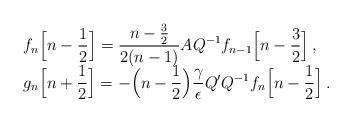
LaTeX: \begin{align*}\begin{array}{l}\displaystyle{f_n\Big[n-\frac12\Big]=\frac{n-\frac32}{2(n-1)} A Q^{-1} f_{n-1}\Big[n-\frac32\Big]\,,} \\\displaystyle{g_n\Big[n+\frac12\Big]=-\Big(n-\frac12\Big)\frac{\gamma}{\epsilon} Q'Q^{-1} f_n\Big[n-\frac12\Big]\,.}\end{array}\end{align*}